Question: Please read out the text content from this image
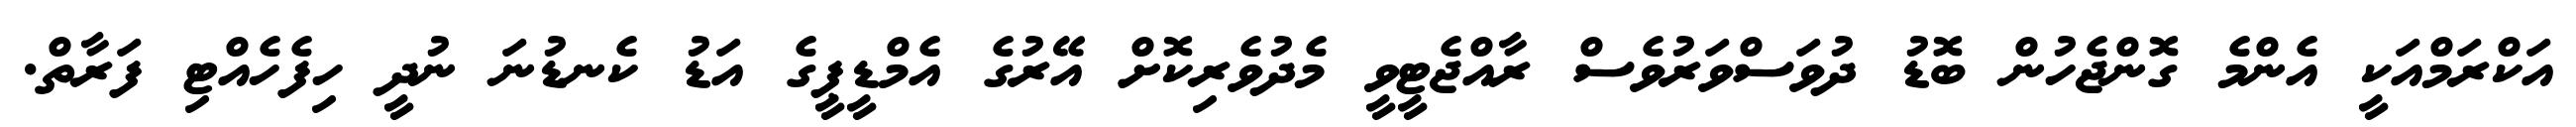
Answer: އަކްރަމްއަކީ އެންމެ ގޮންޖެހުން ބޮޑު ދުވަސްވަރުވެސް ރާއްޖެޓީވީ މެދުވެރިކޮށް އޭރުގެ އެމްޑީޕީގެ އަޑު ކެނޑުނަ ނުދީ ހިފެހެއްޓި ފަރާތް.